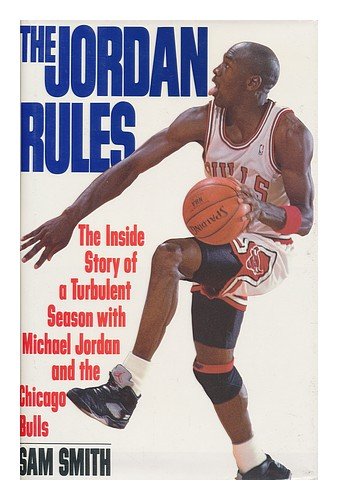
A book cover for The Jordan Rules; Sam Smith; Sports & Outdoors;